Elephants and their diseases
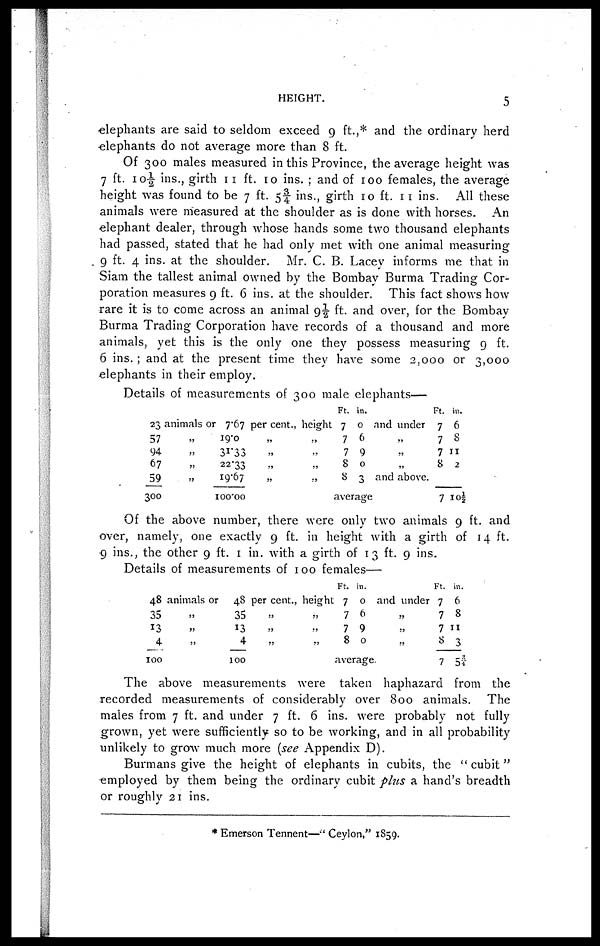
HEIGHT.
5
elephants are said to seldom exceed 9 ft.,* and the ordinary herd
elephants do not average more than 8 ft.
Of 300 males measured in this Province, the average height was
7 ft. 10½ ins., girth 11 ft. 10 ins. ; and of 100 females, the average
height was found to be 7 ft. 5¾ ins., girth 10 ft. 11 ins. All these
animals were measured at the shoulder as is done with horses. An
elephant dealer, through whose hands some two thousand elephants
had passed, stated that he had only met with one animal measuring
9 ft. 4 ins. at the shoulder. Mr. C. B. Lacey informs me that in
Siam the tallest animal owned by the Bombay Burma Trading Cor-
poration measures 9 ft. 6 ins. at the shoulder. This fact shows how
rare it is to come across an animal 9½ ft. and over, for the Bombay
Burma Trading Corporation have records of a thousand and more
animals, yet this is the only one they possess measuring 9 ft.
6 ins. ; and at the present time they have some 2,000 or 3,000
elephants in their employ.
Details of measurements of 300 male elephants—
23 animals
57
"
94 "
67 "
59 "
300
or 7.67
19.0
31.33
22.33
19.67
100.00
per cent.,
"
"
"
"
height
"
"
"
"
Ft.
7
7
7
8
8
in.
0 and under
6
9
0
3 and above.
average
Ft.
7
7
7
8
7
in.
6
8
11
2
10½
Of the above number, there were only two animals 9 ft. and
over, namely, one exactly 9 ft. in height with a girth of 14 ft.
9 ins., the other 9 ft. 1 in. with a girth of 1 3 ft. 9 ins.
Details of measurements of 100 females—
48 animals or
35
"
13
4
100
48
35
13
4
100
percent.,
"
"
"
height
"
"
"
Ft.
7
7
7
8
in.
0
6
9
0
average
and under
"
"
"
Ft.
7
7
7
8
7
in.
6
8
11
3
5¾
The above measurements were taken haphazard from the
recorded measurements of considerably over 800 animals. The
males from 7 ft. and under 7 ft. 6 ins. were probably not fully
grown, yet were sufficiently so to be working, and in all probability
unlikely to grow- much more (see Appendix D).
Burmans give the height of elephants in cubits, the " cubit "
employed by them being the ordinary cubit plus a hand's breadth
or roughly 21 ins.
* Emerson Tennent—" Ceylon," 1859.